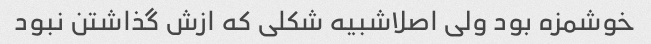
خوشمزه بود ولی اصلاشبیه شکلی که ازش گذاشتن نبود